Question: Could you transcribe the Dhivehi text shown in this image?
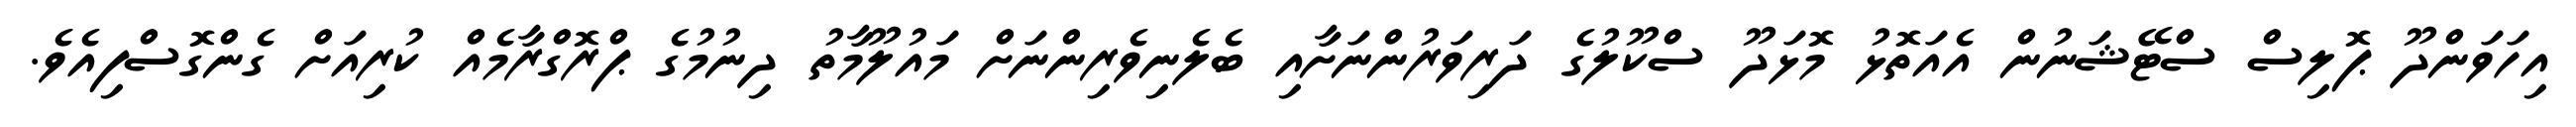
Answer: އިހަވަންދޫ ޕޮލިސް ސްޓޭޝަނުން އެއަތޮޅު މޮޅަދޫ ސްކޫލުގެ ދަރިވަރުންނަށާއި ބެލެނިވެރިންނަށް މައުލޫމާތު ދިނުމުގެ ޕްރޮގްރާމެއް ކުރިއަށް ގެންގޮސްފިއެވެ.